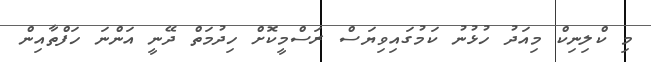
މި ކްލިނިކް މިއަދު ހުޅުނު ކަމުގައިވިޔަސް ރަސްމީކޮށް ހިދުމަތް ދޭނީ އަންނަ ހަފްތާއިން